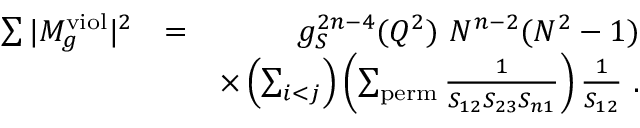
\begin{array} { r l r } { \sum \vert M _ { g } ^ { \mathrm { v i o l } } \vert ^ { 2 } } & { = } & { g _ { S } ^ { 2 n - 4 } ( Q ^ { 2 } ) ~ N ^ { n - 2 } ( N ^ { 2 } - 1 ) } \\ & { } & { \times \left( \sum _ { i < j } \right) \left( \sum _ { \mathrm { p e r m } } \frac { 1 } { S _ { 1 2 } S _ { 2 3 } S _ { n 1 } } \right) \frac { 1 } { S _ { 1 2 } } ~ . } \end{array}